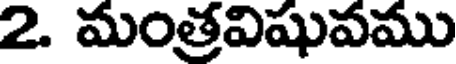
2. మంత్రవిషువము